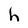
Character: h